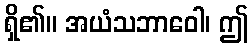
ရှိ၏။ အယံသဘာဝေါ၊ ဤ